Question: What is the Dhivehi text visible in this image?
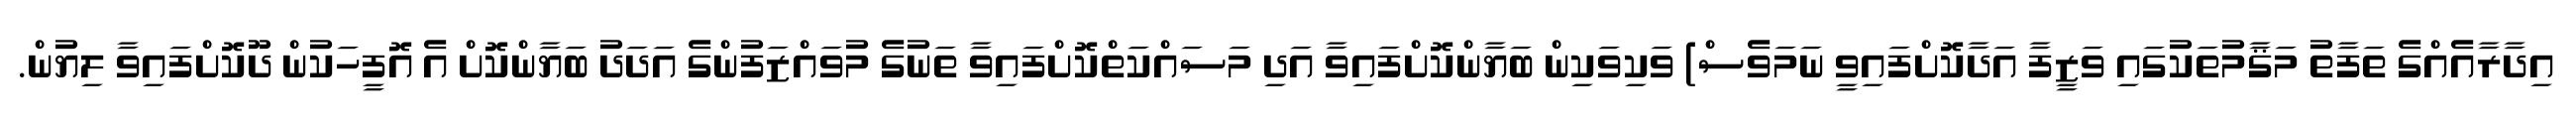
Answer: އިދާރާއެއްގެ ތަފާތު މަޤާމުތަކުގައި ވަޒީފާ އަދާކޮށްފައިވީ ނަމަވެސް) ވަކިވަކިން ބަޔާންކޮށްފައިވާ އަދި މަސައްކަތްކޮށްފައިވާ ތަނުގެ މުވައްޒަފުންގެ އަދަދު ބަޔާންކޮށް އެ އޮފީހަކުން ދޫކޮށްފައިވާ ލިޔުން.